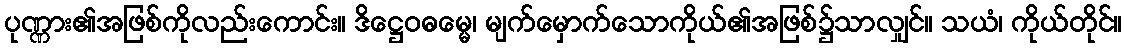
ပုဏ္ဏား၏အဖြစ်ကိုလည်းကောင်း။ ဒိဋ္ဌေဝဓမ္မေ၊ မျက်မှောက်သောကိုယ်၏အဖြစ်၌သာလျှင်။ သယံ၊ ကိုယ်တိုင်။